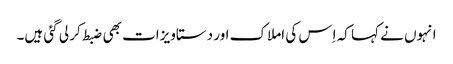
انہوں نے کہا کہ اِس کی املاک اور دستاویزات بھی ضبط کر لی گئی ہیں۔